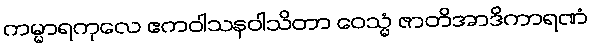
ကမ္မာရကုလေ ဧကဝါသနဝါသိတာ ဝေသ္မံ ဇာတိအာဒိကာရဏံ